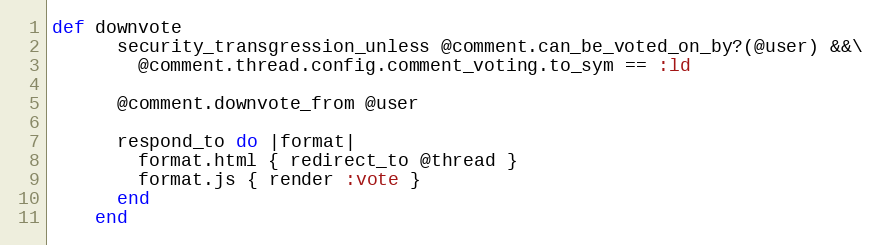
Language: Ruby
def downvote
      security_transgression_unless @comment.can_be_voted_on_by?(@user) &&\
        @comment.thread.config.comment_voting.to_sym == :ld

      @comment.downvote_from @user

      respond_to do |format|
        format.html { redirect_to @thread }
        format.js { render :vote }
      end
    end